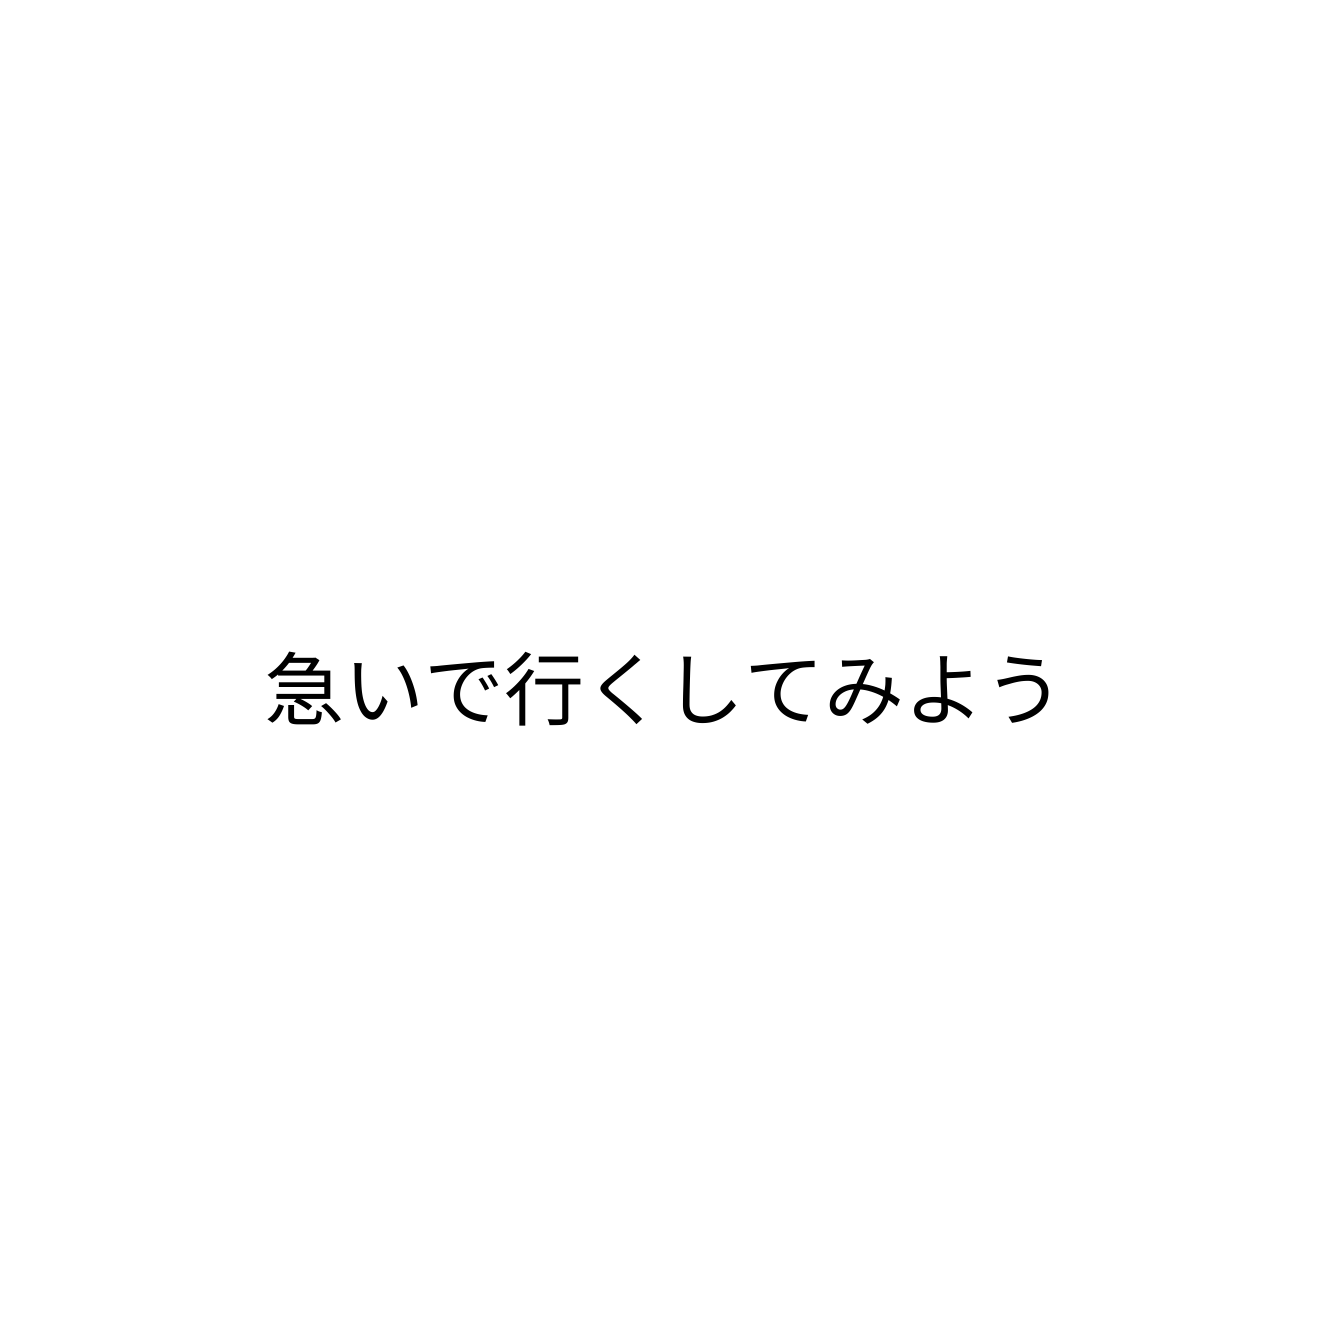
急いで行くしてみよう